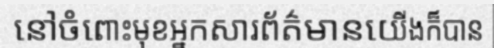
នៅចំពោះមុខអ្នកសារព័ត៌មានយើងក៏បាន